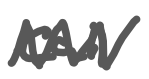
Text: call
Cross-out: zig-zag
Writing tool: digital_gray